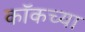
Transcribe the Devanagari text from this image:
कॉकच्या